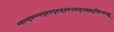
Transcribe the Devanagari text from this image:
म्फ्व्म्द्फ्म्न्फ्द्श्फ्द्श्ज्क्स्ज्फ्द्ज्ख्स्र्फिप्स्व्झ्र्